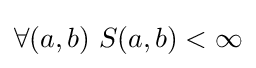
\forall (a,b)\ S(a,b)<\infty